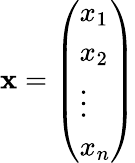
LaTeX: \mathbf{x}={\left(\begin{array}{l}{x_{1}}\\ {x_{2}}\\ {\vdots}\\ {x_{n}}\end{array}\right)}